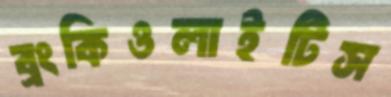
ব্রংকিওলাইটিস